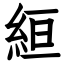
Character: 絙